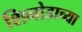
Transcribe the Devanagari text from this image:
शिनोडाच्या